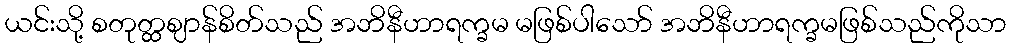
ယင်းသို့ စတုတ္ထဈာန်စိတ်သည် အဘိနီဟာရက္ခမ မဖြစ်ပါသော် အဘိနီဟာရက္ခမဖြစ်သည်ကိုသာ